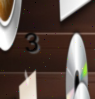
3